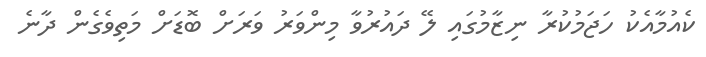
ކެއުމާއެކު ހަޖަމުކުރާ ނިޒާމުގައި ލޭ ދައުރުވާ މިންވަރު ވަރަށް ބޮޑަށް މަތިވެގެން ދާނެ